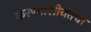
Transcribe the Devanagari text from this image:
करण्यासोबतचा